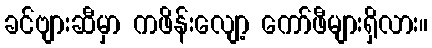
ခင်ဗျားဆီမှာ ကဖိန်းလျော့ ကော်ဖီများရှိလား။